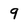
Character: 9